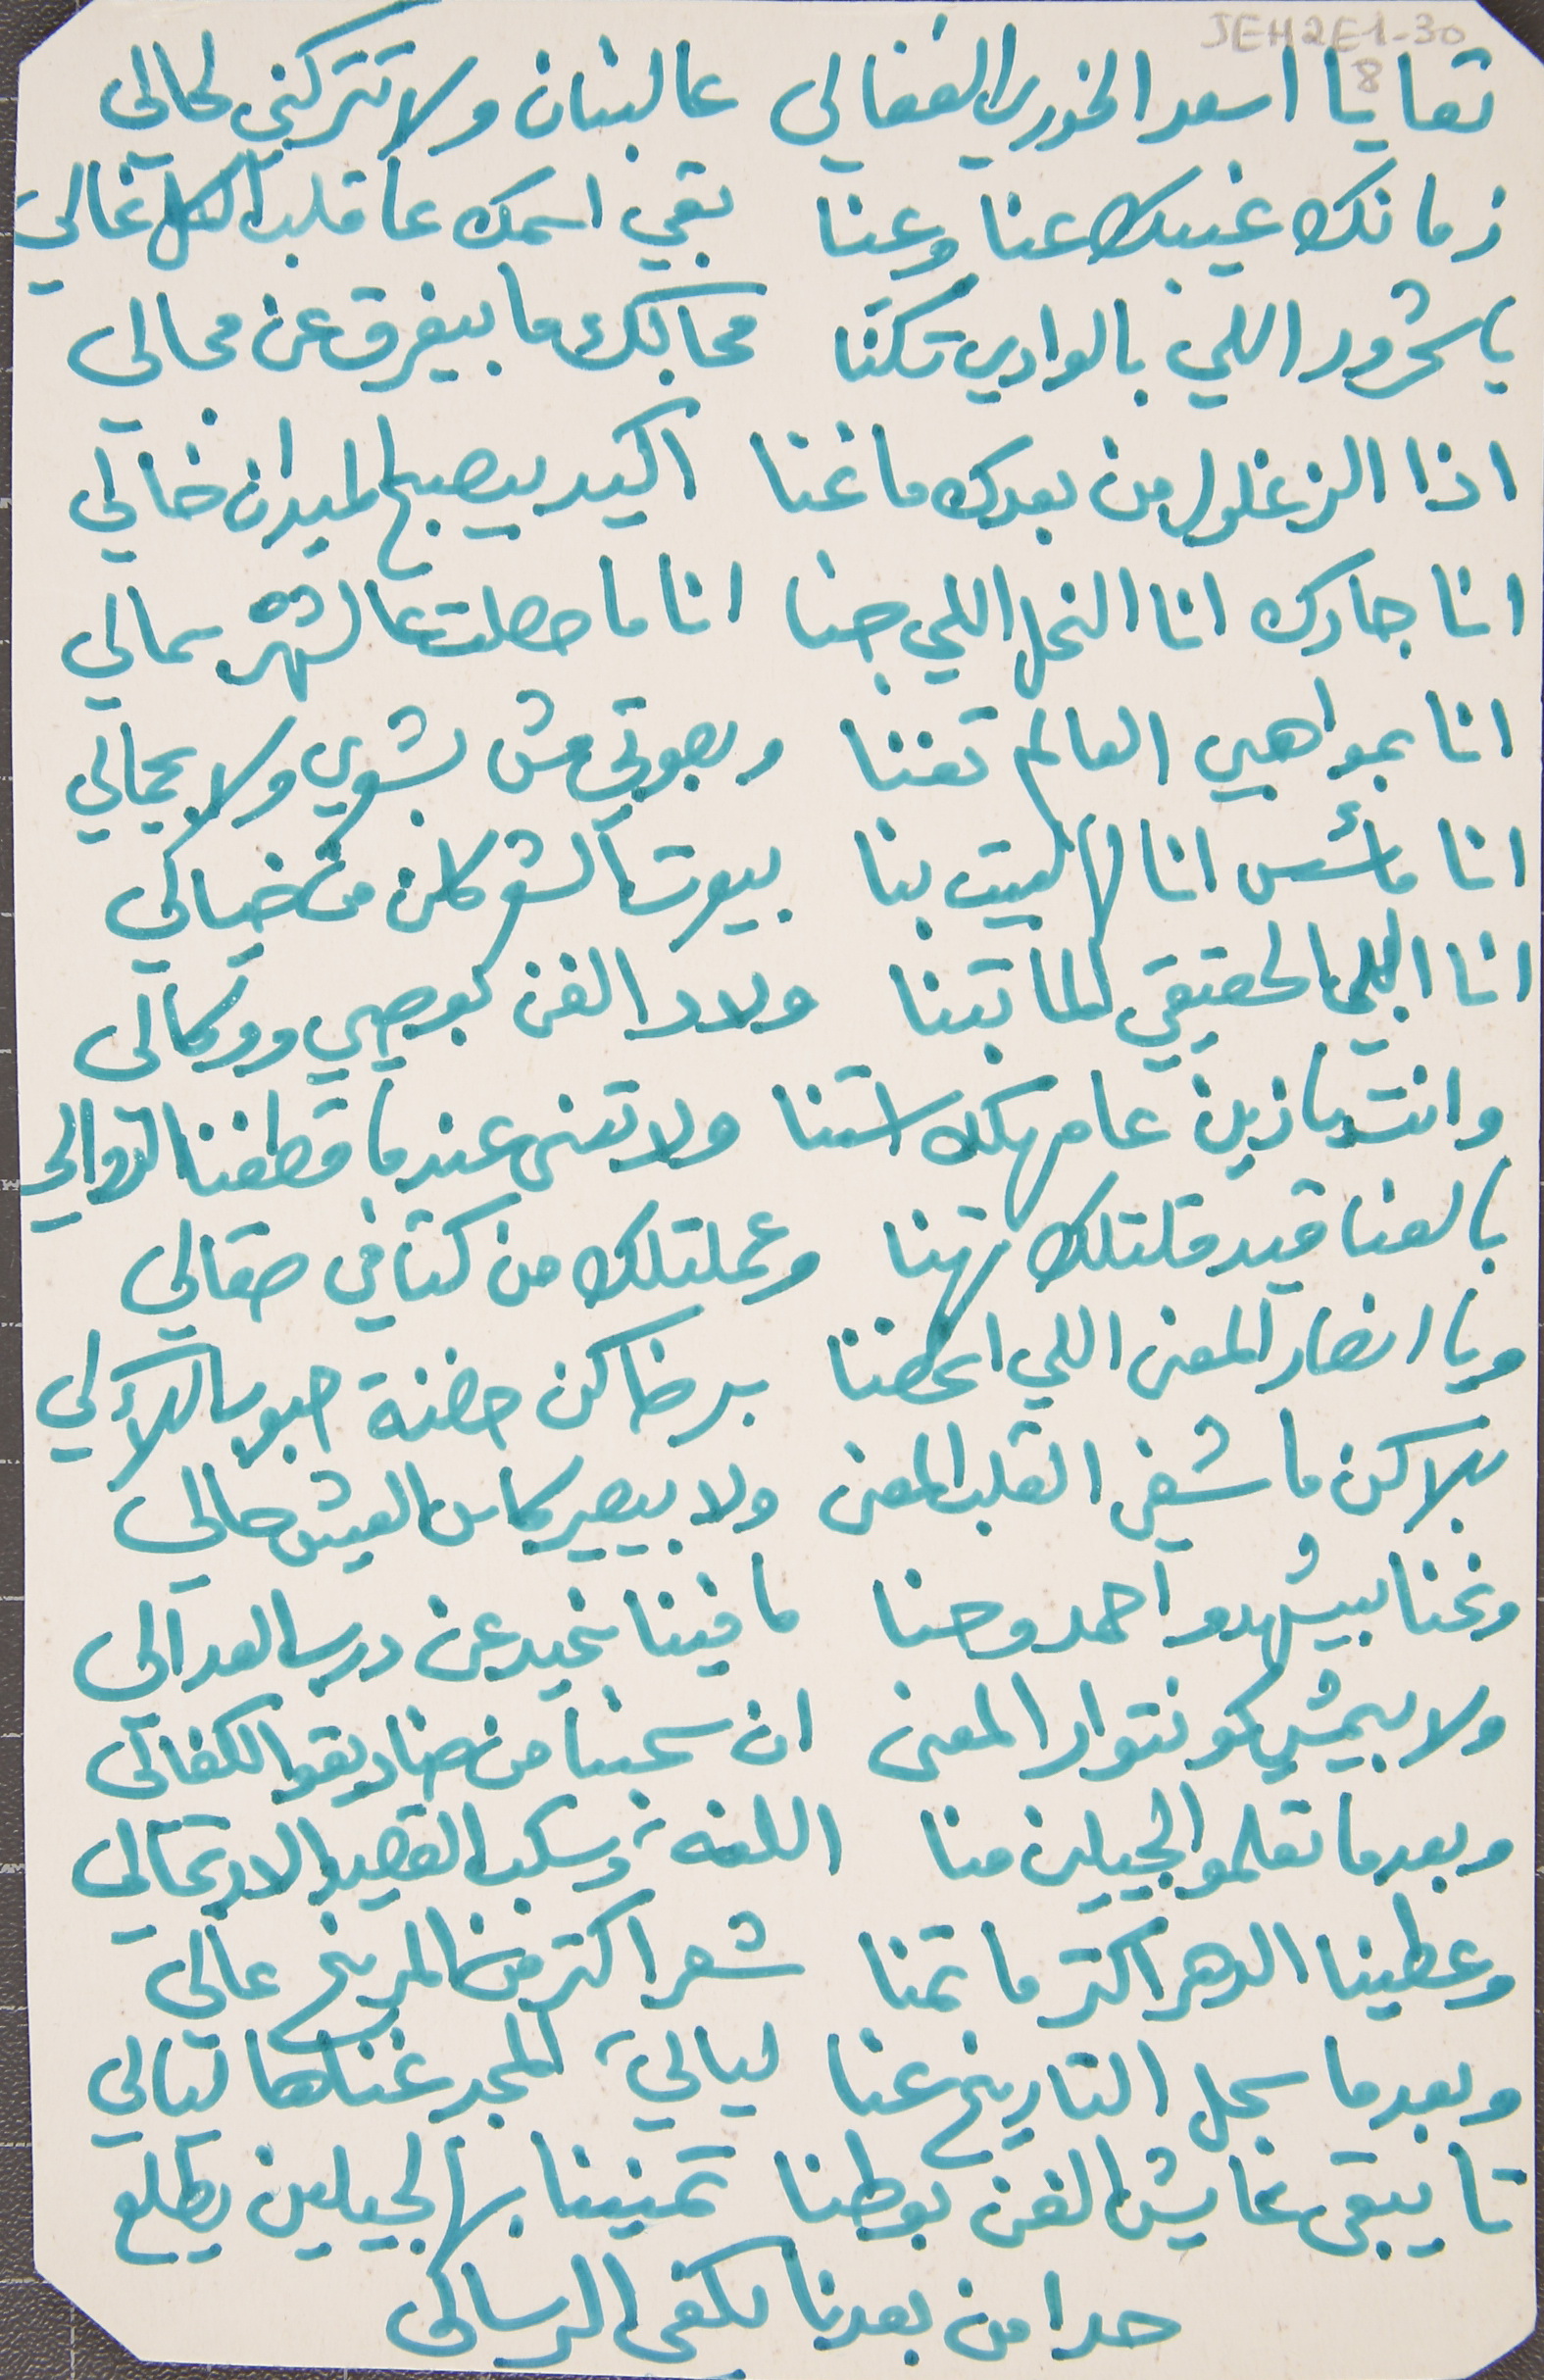
تعا يا اسعد الخوري الفغالي   عالبنان ولا تتركني لحالي
زمانك غيبك عنا وعنا   بقي اسمك عا قلب الكل غالي
يا شحرور اللي بالوادي سَكنَا   مجالك ما بيفرق عن مجالي
 اذا الزغلول من بعدك ما غنا   اكيد يصبح الميدان خالي
 انا جارك انا النحل اللي جنا   انا ما حصلت عالشهره بمالي
انا بمواهبي العالم تغنا   وبصوتي من بشعري ولا بجمالي
 انا مأسس انا لهالبيت بنا   بيوت الشعر كلن من خيالي
انا البي الحقيقي الما تبنا   ولاد الفن بوصيي ووكالي
وانت يا زين عا مهلك استنا   ولا تنسى عندما قطفنا الدوالي
بالعناقيد قلتلك تهنا   وعملتلك من كتافي صقالي
ويا انصار المعنى اللي انحضنا   برضاكن حضنة حبوب اللآلي
بلاكن ما شفي القلب المعنى   ولا بيصير كاس العيش حالي
ونحنا بيشهدو احمد وحنا   ما فينا نحيد عن درس العدالي
ولا بيمشي كونتوار المعنى   ان سحبنا من صناديقو الكفالي
وبعدما تعلمو الجيلين منا   اللغة وسكب القصيد والارتجالي
وعطينا الدهر اكتر ما تمنا   شعر اكتر من المريخ عالي
وبعدما سجل التاريخ عنا   ليالي, المجد غناها ليالي
تا يبقى عايش الفن بوطنا   تمنينا بهالجيلين يطلع
حدا من بعدنا يكفى الرسالى
JEH2E1-308